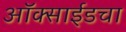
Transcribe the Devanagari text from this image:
ऑक्साईडचा